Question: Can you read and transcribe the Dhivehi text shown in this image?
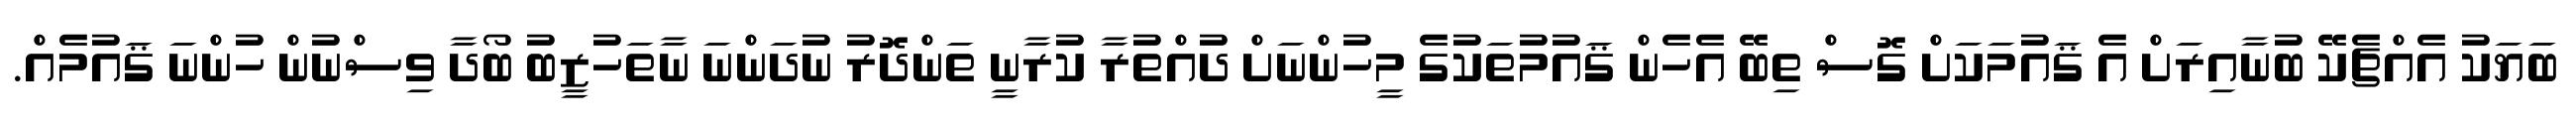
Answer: ބަޔަކު އެއްޗެކޭ ބުނާއިރަށް އެ ޤައުމަކަށް ގޮސް ތިބޭ އެހެން ޤައުމުތަކުގެ މީހުންނަށް ދުއްތުރާ ކުރާނީ ތަންދޮރު ނުދަންނަ ނާތަހުޒީބު ބޯދާ ވިސްނުން ހުންނަ ޤައުމެއް.